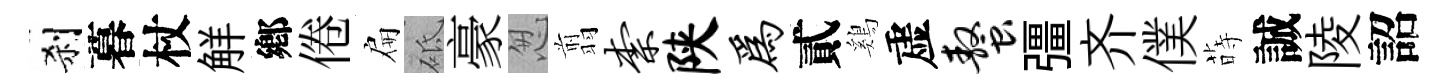
刹暮杖觧鄕倦扁砥豪怱翦柰陕为貳鷄虚螯彊齐僕蒔誠陵詔